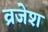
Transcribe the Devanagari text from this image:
व्रजेश